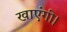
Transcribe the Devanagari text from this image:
खाएंगी।